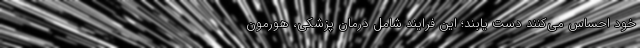
خود احساس می‌کنند دست یابند؛ این فرایند شامل درمان پزشکی، هورمون